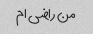
من راضی ام